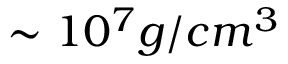
\sim 1 0 ^ { 7 } g / c m ^ { 3 }